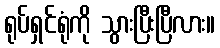
ရုပ်ရှင်ရုံကို သွားပြီးပြီလား။